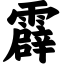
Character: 霹